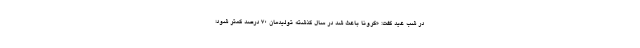
در شب عید گفت: «کرونا باعث شد در سال گذشته تولیدمان ۷۰ درصد کمتر شود؛